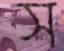
স